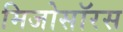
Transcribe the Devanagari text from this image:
मिजोसॉरस